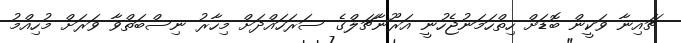
ޗައިނާ ވަކީން ބޮޑަށް ހިތްހަމަނުޖެހުނީ އަރޫނާޗަލްގެ ސަރަހައްދަށް މިހާރު ނިސްބަތްވާ ވަރަށް މުހިއްމު